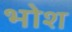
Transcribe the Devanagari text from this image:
भोश